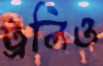
ট্রলিও